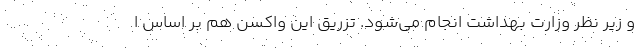
و زیر نظر وزارت بهداشت انجام می‌شود. تزریق این واکسن هم بر اساس ا